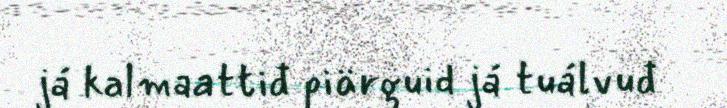
já kalmaattiđ piärguid já tuálvuđ